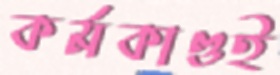
কর্মকাণ্ডই